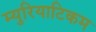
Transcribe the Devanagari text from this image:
म्युरियाटिकम